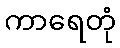
ကာရေတုံ